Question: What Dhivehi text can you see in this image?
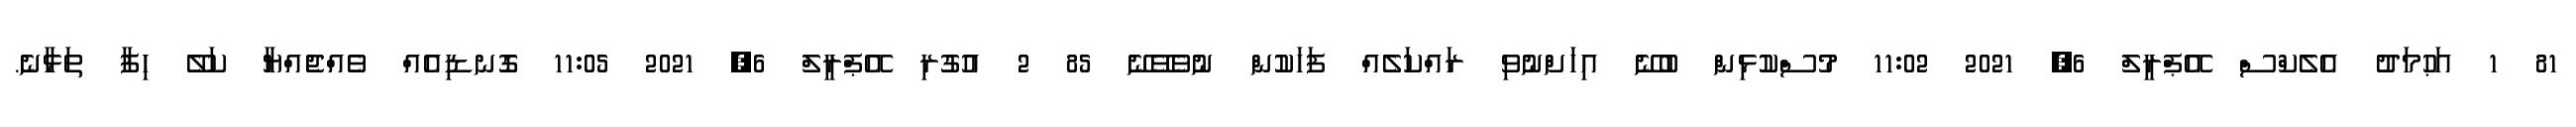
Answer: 81 1 އަޙުމަދު އެލެކްސް އޭޕްރީލް 6, 2021 11:02 މުސްކުޅިން ބުނޭ އިހަށްނުވި ރައްކަލެއް ފަހަކުން ނުވެވޭނޭ 85 2 އުގުރި އޭޕްރީލް 6, 2021 11:05 ގޮނޑިއެއް ވެއްޖެއްޔާ ކަލޭ ހިފާ ތަޅާނެ.